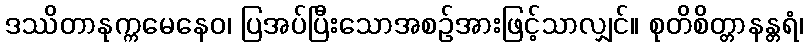
ဒဿိတာနုက္ကမေနေဝ၊ ပြအပ်ပြီးသောအစဉ်အားဖြင့်သာလျှင်။ စုတိစိတ္တာနန္တရံ၊